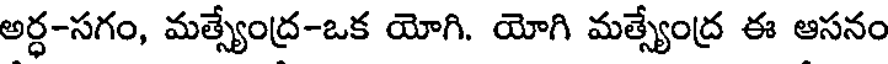
అర్ధ-సగం, మత్స్యేంద్ర-ఒక యోగి. యోగి మత్స్యేంద్ర ఈ ఆసనం